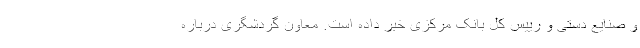
و صنایع دستی و رییس کل بانک مرکزی خبر داده است. معاون گردشگری درباره